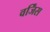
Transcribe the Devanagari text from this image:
वर्जिंस